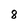
Character: 8